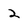
Character: 2